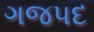
ગજપદ